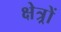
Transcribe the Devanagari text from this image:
क्षेत्र्रों